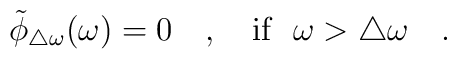
\tilde{\phi}_{\triangle \omega}(\omega)=0~~~,~~~\mbox{if}~~\omega>\triangle \omega~~~.